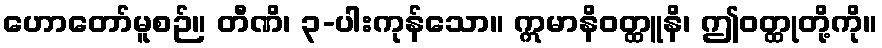
ဟောတော်မူစဉ်။ တီဏိ၊ ၃-ပါးကုန်သော။ ဣမာနိဝတ္ထူနိ၊ ဤဝတ္ထုတို့ကို။